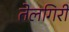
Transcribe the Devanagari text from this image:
तेलगिरी